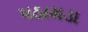
પઠામડા